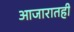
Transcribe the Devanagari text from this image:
आजारातही